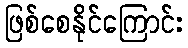
ဖြစ်စေနိုင်ကြောင်း